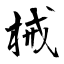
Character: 械